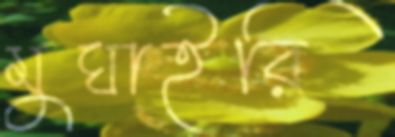
মুঘাইরি